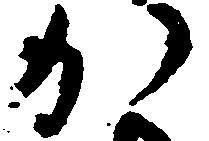
か